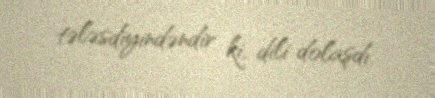
tələsdiyindəndir ki, dili dolaşdı.